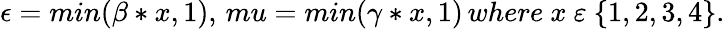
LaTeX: \epsilon=min(\beta*x,1),\, mu=min(\gamma*x,1)\, where\ x\ \varepsilon\ \{ 1,2,3,4\} .